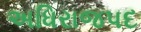
અધિરાજપદ